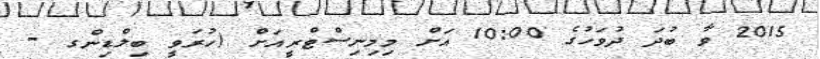
2015 ވާ ބުދަ ދުވަހުގެ 10:00 އަށް މިމިނިސްޓްރީއަށް (ހުރަވީ ބިލްޑިންގ -